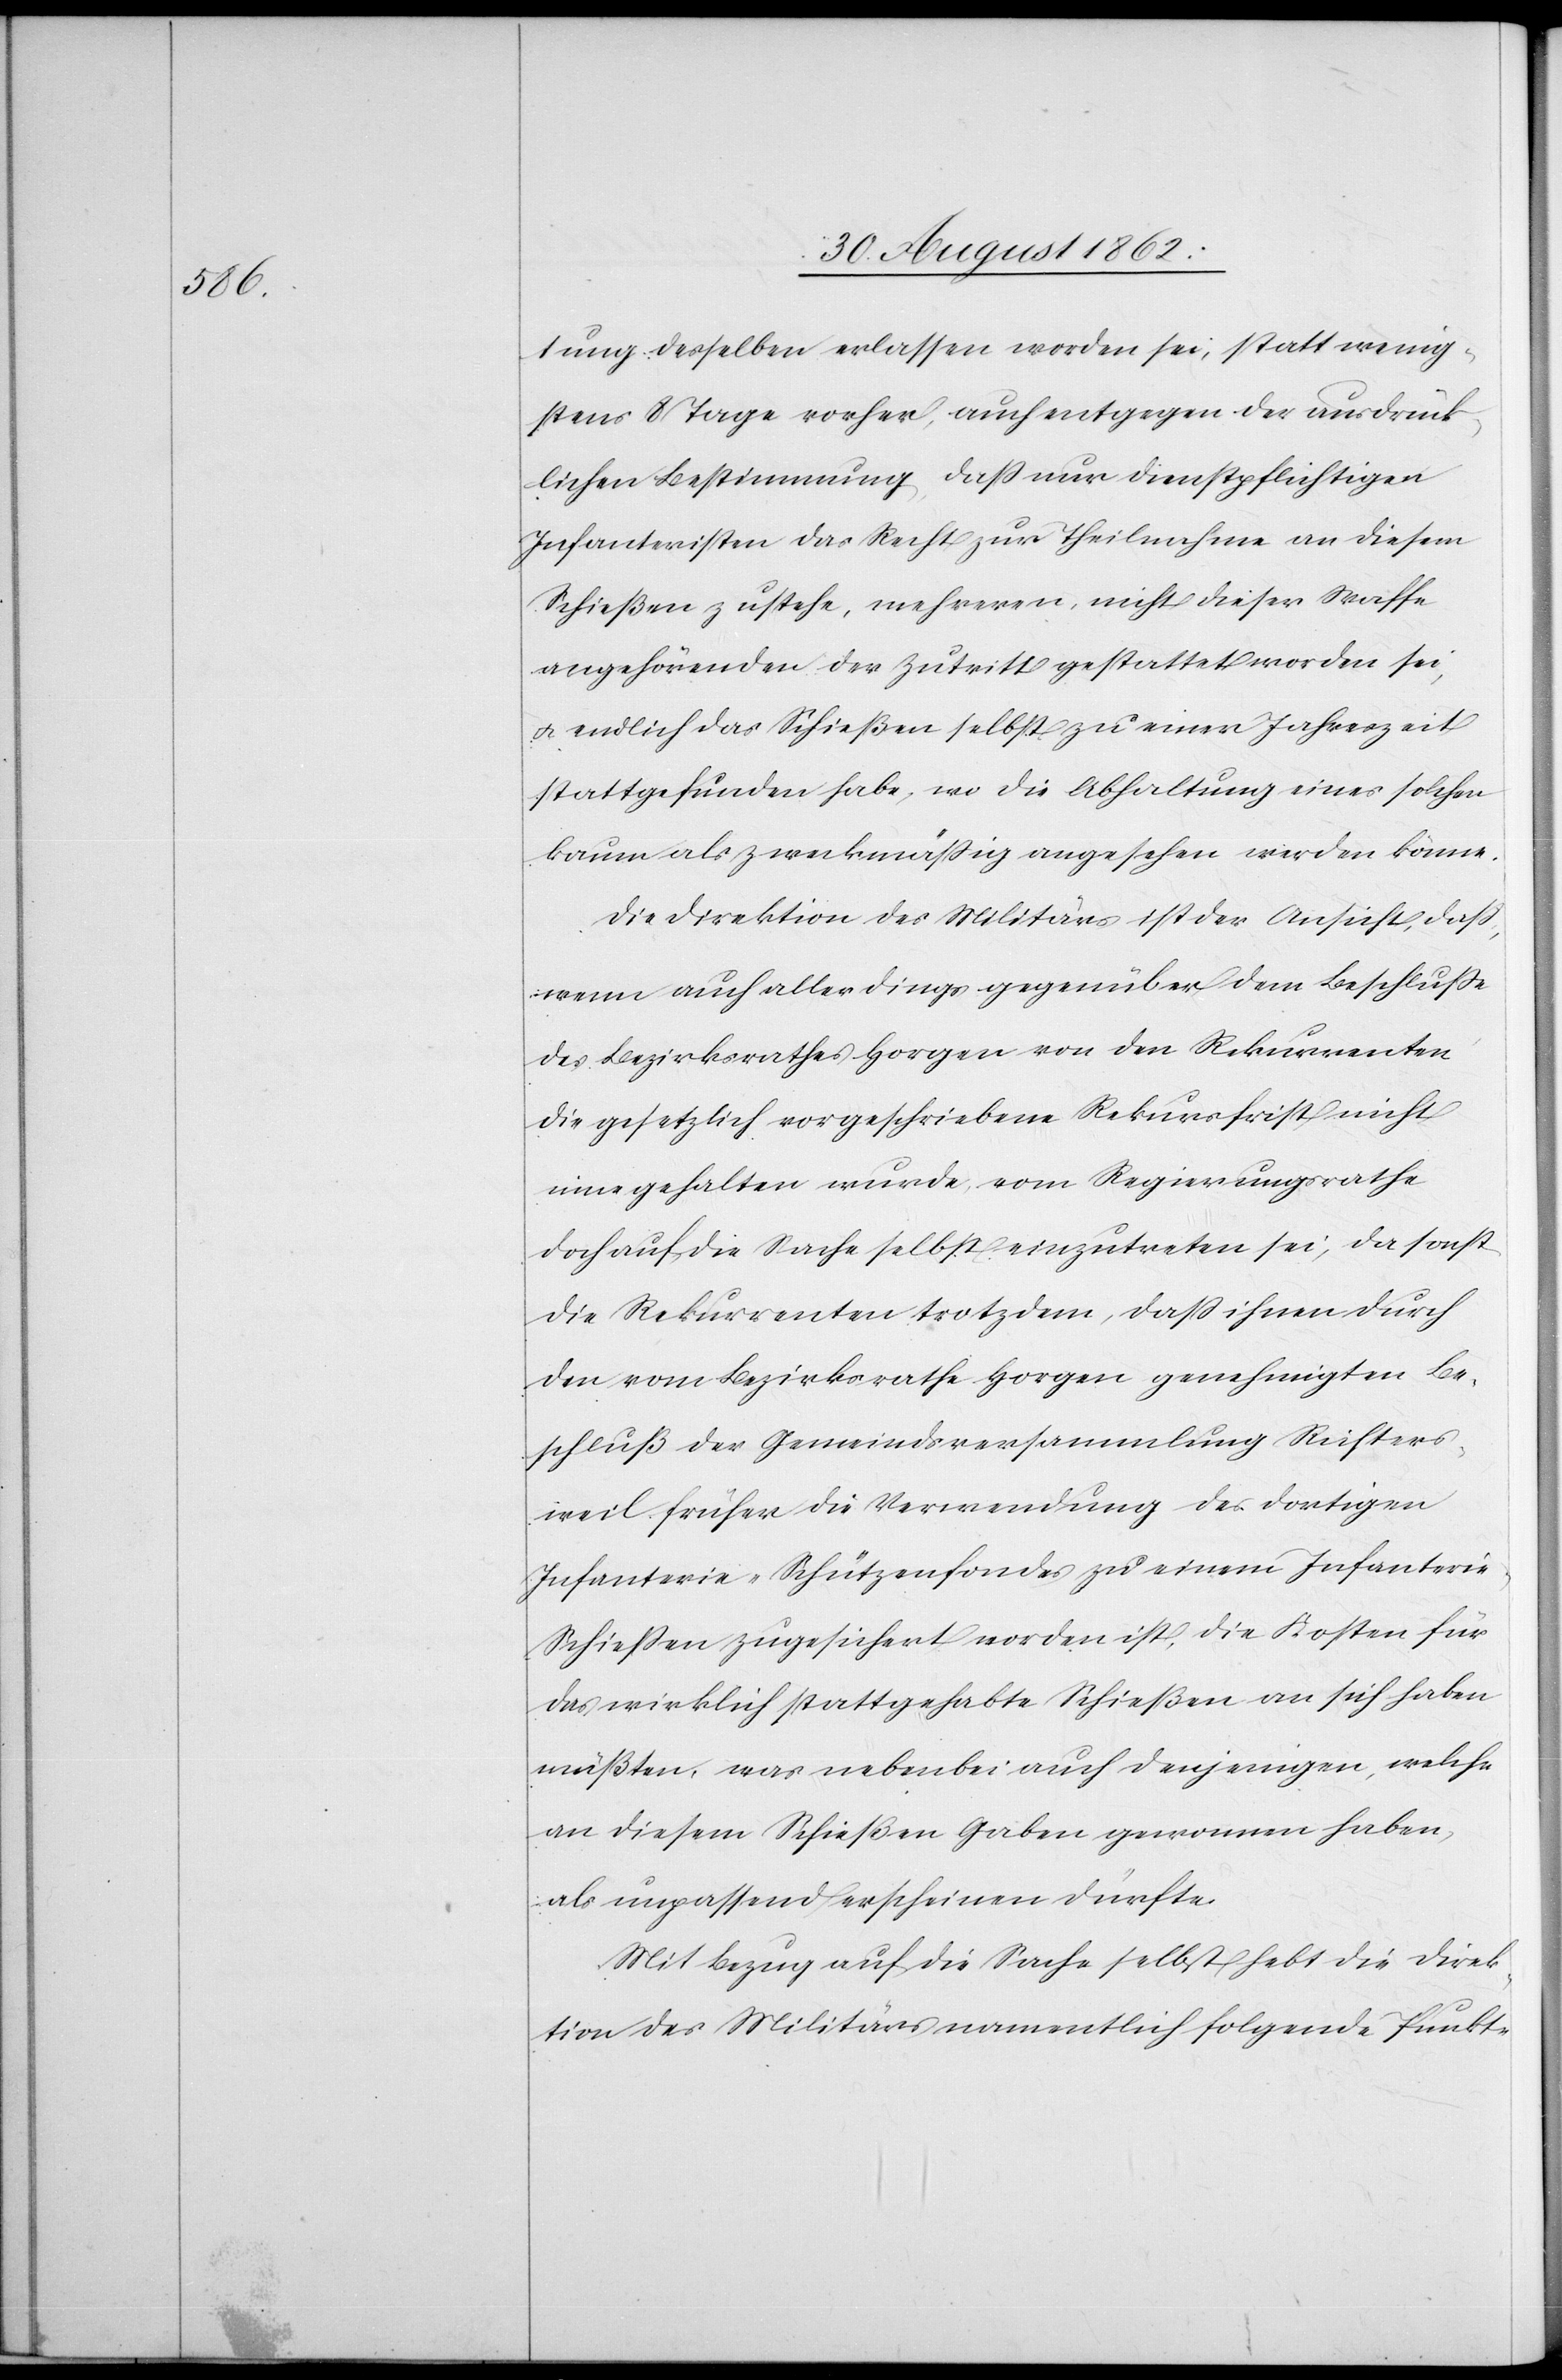
tung desselben erlassen worden sei, statt wenig¬
stens 8 Tage vorher, auch entgegen der ausdrück¬
lichen Bestimmung, daß nur dienstpflichtigen
Infanteristen das Recht zur Theilnahme an diesem
Schießen zustehe, mehreren, nicht dieser Waffe
angehörenden der Zutritt gestattet worden sei,
u. endlich das Schießen selbst zu einer Jahreszeit
stattgefunden habe, wo die Abhaltung eines solchen
kaum als zweckmäßig angesehen werden könne.
Die Direktion des Militärs ist der Ansicht, daß,
wenn auch allerdings gegenüber dem Beschluße
des Bezirksrathes Horgen von den Rekurrenten
die gesetzlich vorgeschriebene Rekursfrist nicht
inne gehalten wurde, vom Regierungsrathe
doch auf die Sache selbst einzutreten sei, da sonst
die Rekurrenten trotzdem, daß ihnen durch
den vom Bezirksrathe Horgen genehmigten Be¬
schluß der Gemeindsversammlung Richters¬
weil früher die Verwendung des dortigen
Infanterie-Schützenfondes zu einem Infanteri¬
e-Schießen zugesichert worden ist, die Kosten für
das wirklich stattgehabte Schießen an sich haben
müßten, was nebenbei auch denjenigen, welche
an diesem Schießen Gaben genommen haben,
als unpassend erscheinen dürfte.
Mit Bezug auf die Sache selbst hebt die Direk¬
tion des Militärs namentlich folgende Punkte